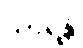
သာရန္တိ